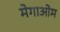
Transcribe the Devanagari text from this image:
मेगाओम